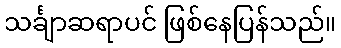
သင်္ချာဆရာပင် ဖြစ်နေပြန်သည်။